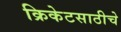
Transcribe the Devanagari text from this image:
क्रिकेटसाठीचे